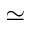
\simeq